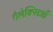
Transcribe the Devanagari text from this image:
गैलेक्सिआँ